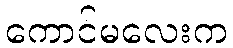
ကောင်မလေးက